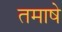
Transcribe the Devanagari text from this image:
तमाषे